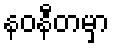
နဝနီတမှာ